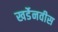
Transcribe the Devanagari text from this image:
खर्डेनवीस